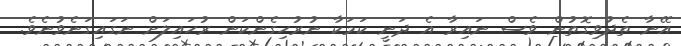
އޭނާ ތެދުވިގޮތުން ވެސް ނައިރާ އެ ދަނީ ކަމަކާ ނުރުހިގެންކަން ރުހައިލަށް ނަގައިގަނެވުނެވެ.